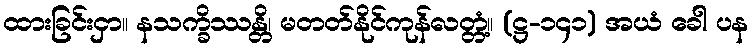
ထားခြင်းငှာ။ နသက္ခိဿန္တိ၊ မတတ်နိုင်ကုန်လတ္တံ့။ (ဋ္ဌ-၁၄၁) အယံ ခေါ ပန